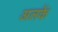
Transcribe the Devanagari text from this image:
अलकें